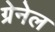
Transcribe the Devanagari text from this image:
ग्रेनेल